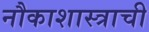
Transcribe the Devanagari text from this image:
नौकाशास्त्राची